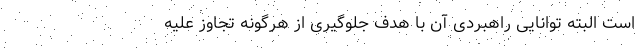
است البته توانایی راهبردی آن با هدف جلوگیری از هرگونه تجاوز علیه